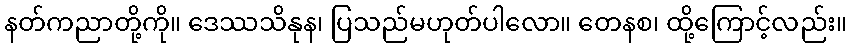
နတ်ကညာတို့ကို။ ဒေဿသိနုန၊ ပြသည်မဟုတ်ပါလော။ တေနစ၊ ထို့ကြောင့်လည်း။